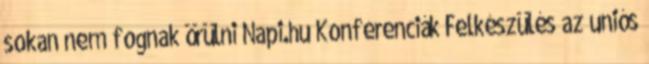
sokan nem fognak örülni Napi.hu Konferenciák Felkészülés az uniós